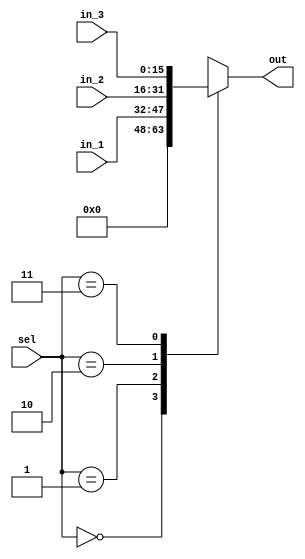
module data_mux3_1 (
	in_1,
	in_2,
	in_3,
	sel,
	out
);

	parameter data_wl	= 16;
	
	input 	[data_wl-1:0]	in_1;
	input 	[data_wl-1:0] 	in_2;
	input 	[data_wl-1:0] 	in_3;
	input 	[1:0] 			sel;		//selection of input 1->in_1 and so on
	
	output 	[data_wl-1:0]	out;
	reg 	[data_wl-1:0]	out;
	
always @ (in_1 or in_2 or in_3 or sel) 
	begin 
		case(sel)
			2'b00:
				begin
					out = 0;
				end				
			2'b01:
				begin
					out = in_1;
				end	
			2'b10:
				begin
					out = in_2;
				end	
			2'b11:
				begin
					out = in_3;
				end	
			default:
			     begin
                 end
		endcase
	end
endmodule